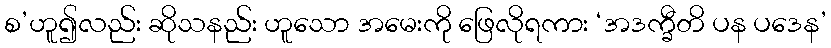
စ’ဟူ၍လည်း ဆိုသနည်း ဟူသော အမေးကို ဖြေလိုရကား ‘အဒက္ခီတိ ပန ပဒေန’